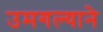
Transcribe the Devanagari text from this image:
उमगल्याने